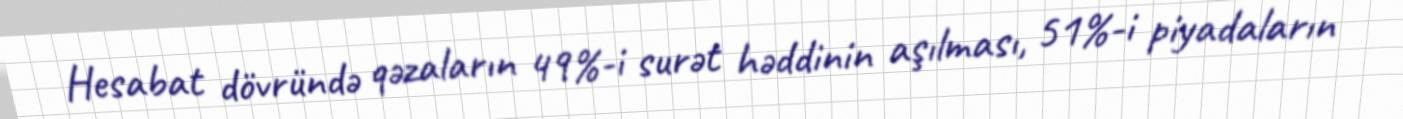
Hesabat dövründə qəzaların 49%-i surət həddinin aşılması, 51%-i piyadaların